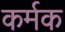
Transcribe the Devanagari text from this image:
कर्मक